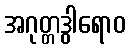
အဂုတ္တဒွါရောဝ